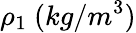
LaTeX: \rho_{1}\mathrm{~}(kg/m^{3})